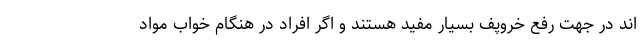
اند در جهت رفع خروپف بسیار مفید هستند و اگر افراد در هنگام خواب مواد